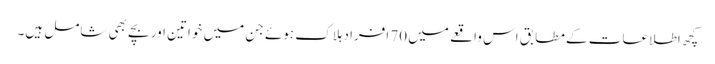
کچھ اطلاعات کے مطابق اس واقعے میں 70 افراد ہلاک ہوئے جن میں خواتین اور بچے بھی شامل ہیں۔